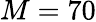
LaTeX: M=70